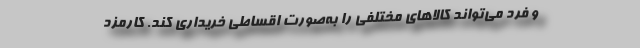
و فرد می‌تواند کالاهای مختلفی را به‌صورت اقساطی خریداری کند. کارمزد